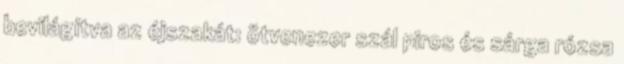
bevilágítva az éjszakát: ötvenezer szál piros és sárga rózsa